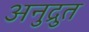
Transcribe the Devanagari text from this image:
अनुद्रुत